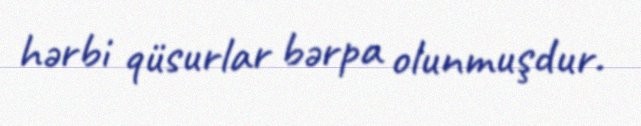
hərbi qüsurlar bərpa olunmuşdur.